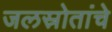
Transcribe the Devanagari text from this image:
जलस्रोतांचे